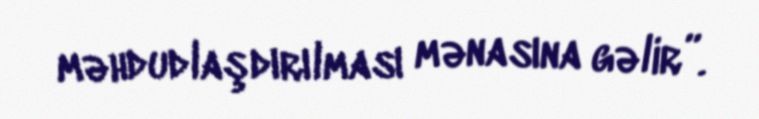
məhdudlaşdırılması mənasına gəlir”.